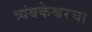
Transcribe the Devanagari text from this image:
त्र्यंबकेश्वरचा